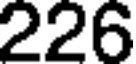
226